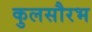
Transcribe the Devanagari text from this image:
कुलसौरभ